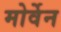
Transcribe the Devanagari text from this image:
मोर्वेन